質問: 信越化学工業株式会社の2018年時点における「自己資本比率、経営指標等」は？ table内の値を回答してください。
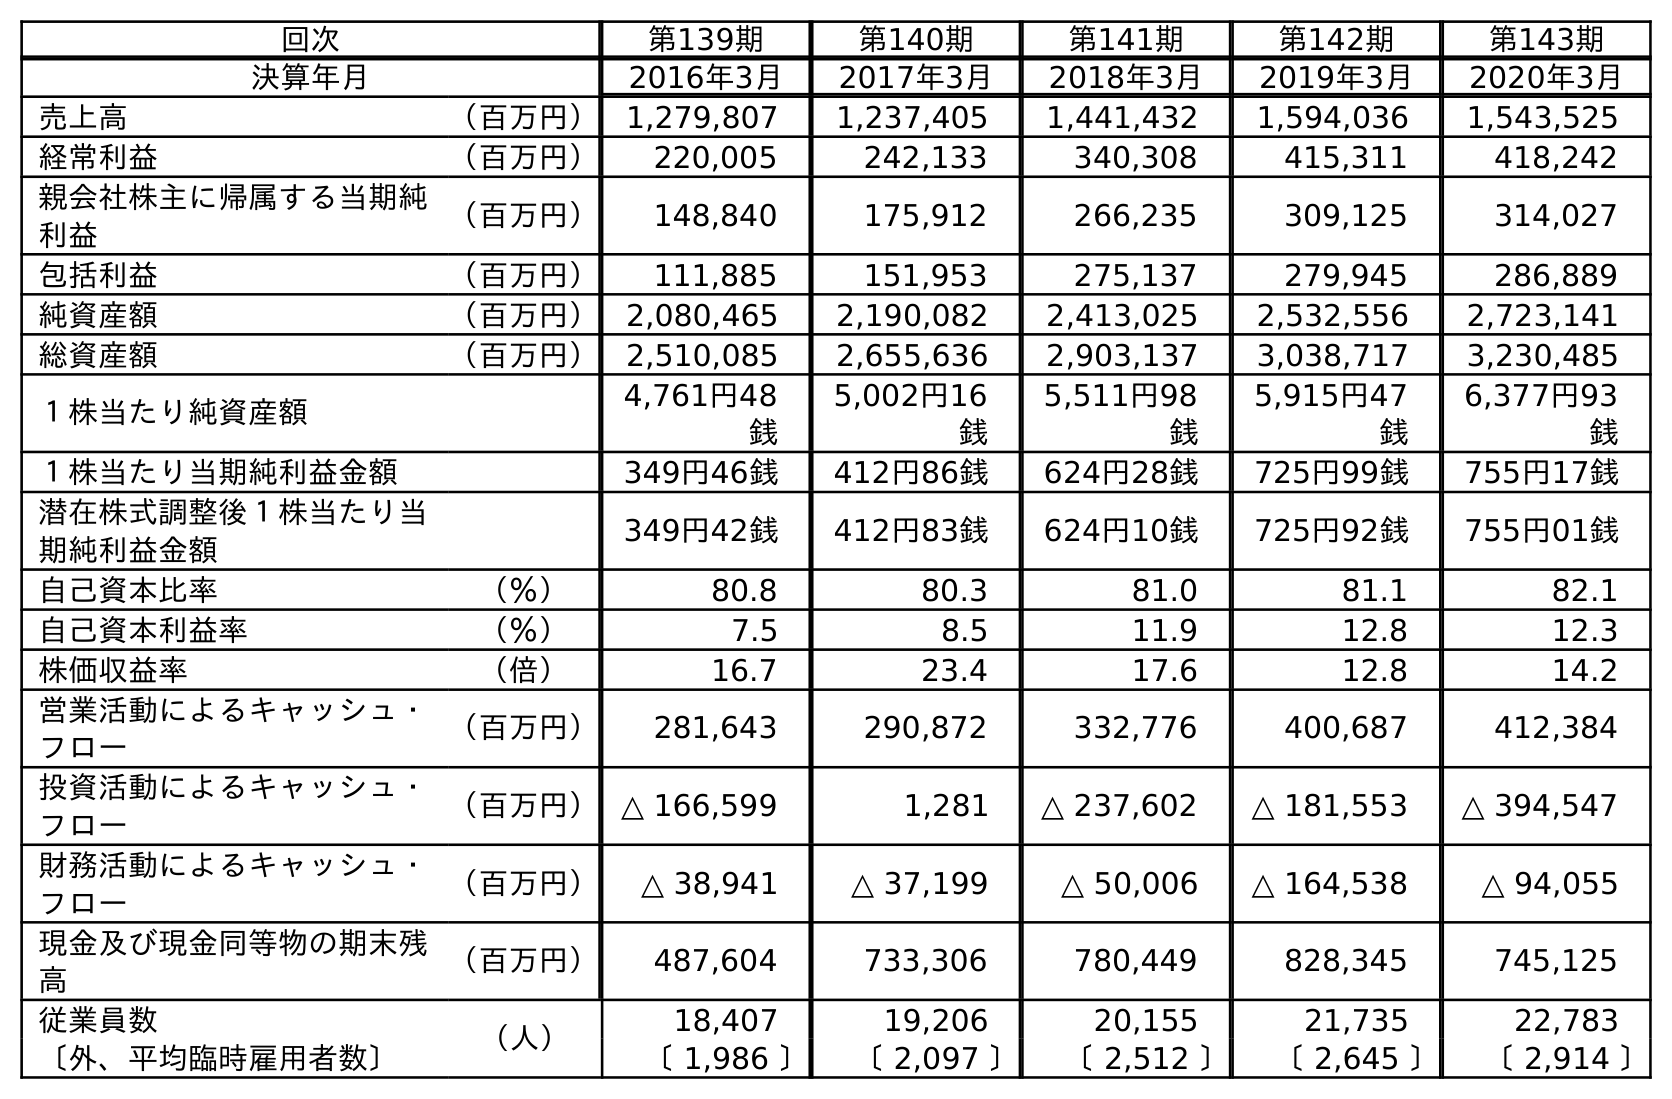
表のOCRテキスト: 回次 第139期 第140期 第141期 第142期 第143期 決算年月 2016年3月 2017年3月 2018年3月 2019年3月 2020年3月 売上高 （百万円） 1,279,807 1,237,405 1,441,432 1,594,036 1,543,525 経常利益 （百万円） 220,005 242,133 340,308 415,311 418,242 親会社株主に帰属する当期純 利益 （百万円） 148,840 175,912 266,235 309,125 314,027 包括利益 （百万円） 111,885 151,953 275,137 279,945 286,889 純資産額 （百万円） 2,080,465 2,190,082 2,413,025 2,532,556 2,723,141 総資産額 （百万円） 2,510,085 2,655,636 2,903,137 3,038,717 3,230,485 １株当たり純資産額 4,761円48 銭 5,002円16 銭 5,511円98 銭 5,915円47 銭 6,377円93 銭 １株当たり当期純利益金額 349円46銭 412円86銭 624円28銭 725円99銭 755円17銭 潜在株式調整後１株当たり当 期純利益金額 349円42銭 412円83銭 624円10銭 725円92銭 755円01銭 自己資本比率 （％） 80.8 80.3 81.0 81.1 82.1 自己資本利益率 （％） 7.5 8.5 11.9 12.8 12.3 株価収益率 （倍） 16.7 23.4 17.6 12.8 14.2 営業活動によるキャッシュ・ フロー （百万円） 281,643 290,872 332,776 400,687 412,384 投資活動によるキャッシュ・ フロー （百万円）△ 166,599 1,281 △ 237,602 △ 181,553 △ 394,547 財務活動によるキャッシュ・ フロー （百万円） △ 38,941 △ 37,199 △ 50,006 △ 164,538 △ 94,055 現金及び現金同等物の期末残 高 （百万円） 487,604 733,306 780,449 828,345 745,125 従業員数 （人） 18,407 19,206 20,155 21,735 22,783 〔外、平均臨時雇用者数〕 〔 1,986 〕 〔 2,097 〕 〔 2,512 〕 〔 2,645 〕 〔 2,914 〕
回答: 81.0